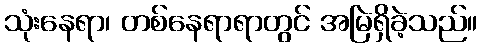
သုံးနေရာ၊ တစ်နေရာရာတွင် အမြဲရှိခဲ့သည်။